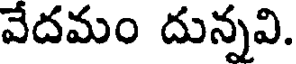
వేదమం దున్నవి.